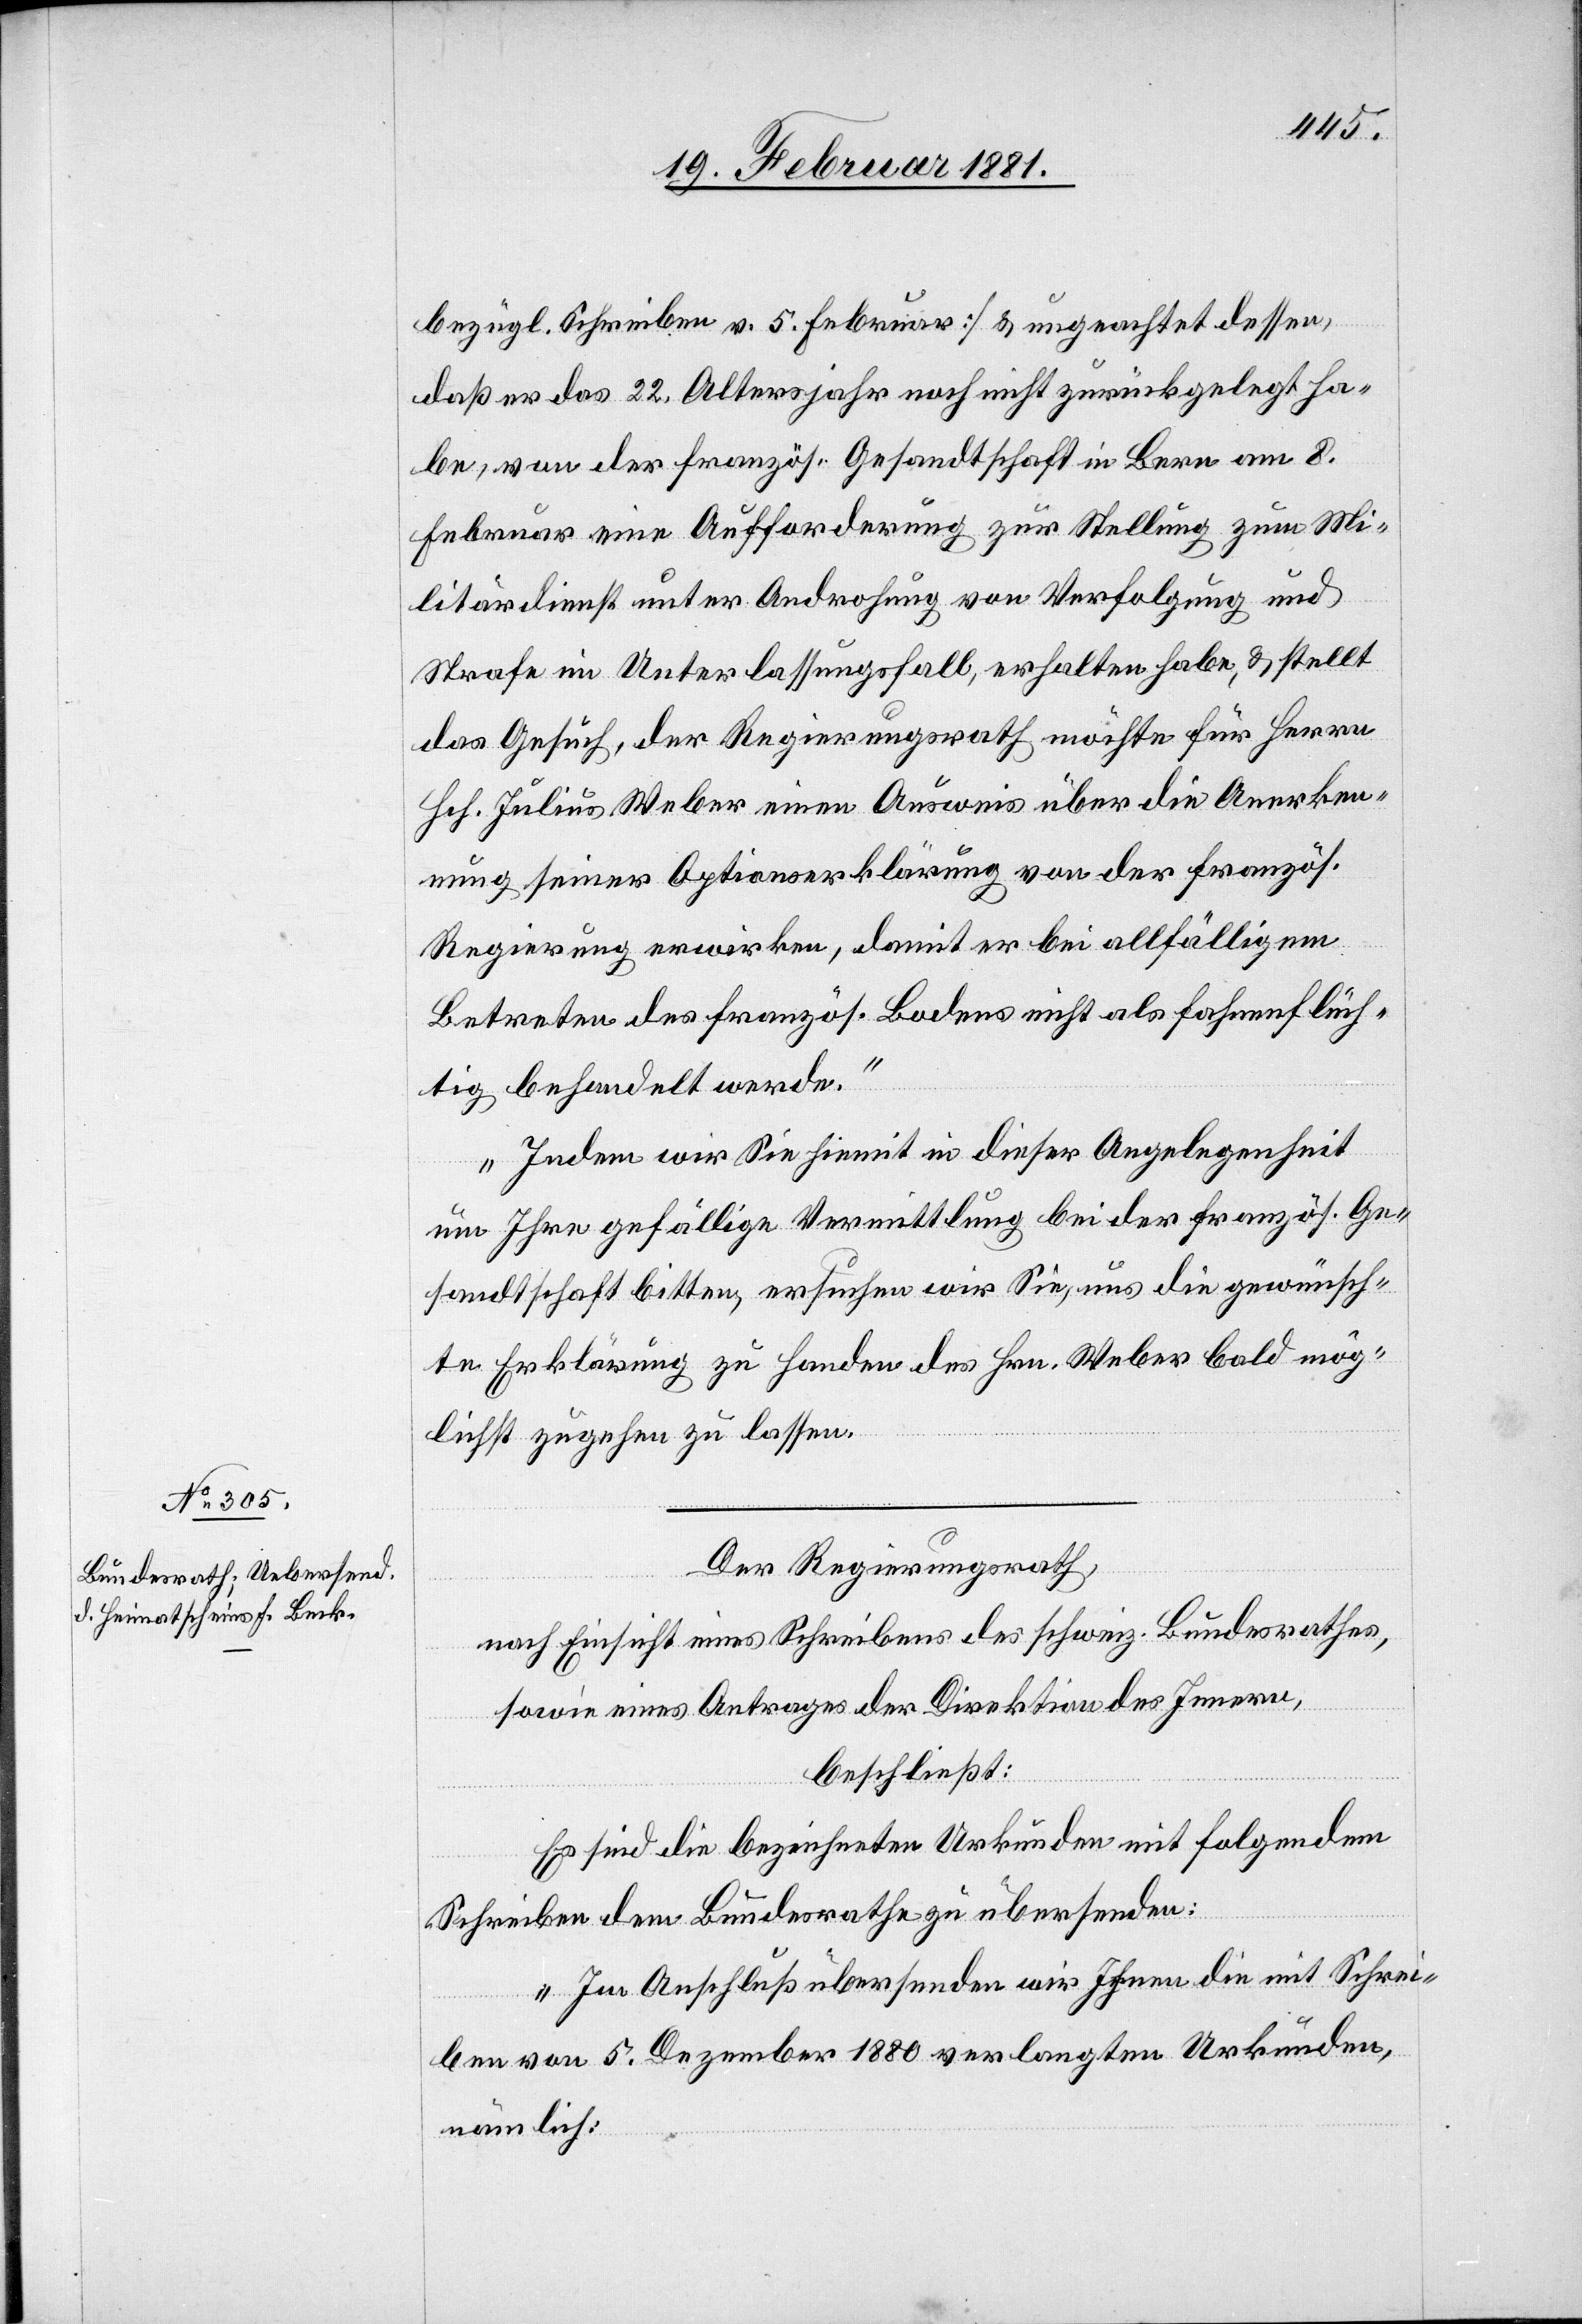
bezügl. Schreiben v. 5. Februar] & ungeachtet dessen,
daß er das 22. Altersjahr noch nicht zurückgelegt ha¬
be, von der französ. Gesandtschaft in Bern am 8.
Februar eine Aufforderung zur Stellung zum Mi¬
litärdienst unter Androhung von Verfolgung und
Strafe im Unterlassungsfall, erhalten habe, & stellt
das Gesuch, der Regierungsrath möchte für Herrn
Hch. Julius Weber einen Ausweis über die Anerken¬
nung seiner Optionserklärung von der französ.
Regierung erwirken, damit er bei allfälligem
Betreten des französ. Bodens nicht als fahnenflüch¬
tig behandelt werde.
Indem wir Sie hiemit in dieser Angelegenheit
um Ihre gefällige Vermittlung bei der französ. Ge¬
sandtschaft bitten, ersuchen wir Sie, uns die gewünsch¬
te Erklärung zu Handen des Hrn. Weber bald mög¬
lichst zugehen zu lassen.“
Der Regierungsrath,
nach Einsicht eines Schreibens des schweiz. Bundesrathes,
sowie eines Antrages der Direktion des Innern,
beschließt:
Es sind die bezeichneten Urkunden mit folgendem
Schreiben dem Bundesrathe zu übersenden:
„Im Anschluß übersenden wir Ihnen die mit Schrei¬
ben von 5. Dezember 1880 verlangten Urkunden,
nämlich: